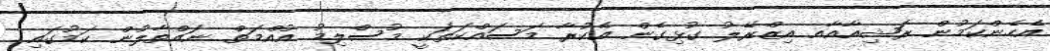
އެހެންކަމުން ރަޝިއާއާއ އިޒްރޭލު ގުޅިގެން އެކުރާ މަސައްކަތަކީ މުސްލިމު އުއްމަތް ނައްތާލުން ކަމުގައި